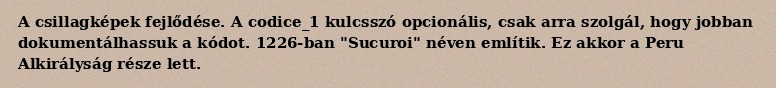
A csillagképek fejlődése. A codice_1 kulcsszó opcionális, csak arra szolgál, hogy jobban dokumentálhassuk a kódot. 1226-ban "Sucuroi" néven említik. Ez akkor a Peru Alkirályság része lett.